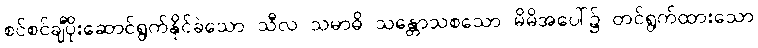
စင်စင်ချီပိုးဆောင်ရွက်နိုင်ခဲသော သီလ သမာဓိ သန္တောသစသော မိမိအပေါ်၌ တင်ရွက်ထားသော